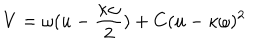
V = \omega ( u - \frac { \kappa \omega } { 2 } ) + C ( u - \kappa \omega ) ^ { 2 }